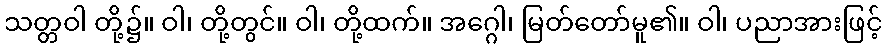
သတ္တဝါ တို့၌။ ဝါ၊ တို့တွင်။ ဝါ၊ တို့ထက်။ အဂ္ဂေါ၊ မြတ်တော်မူ၏။ ဝါ၊ ပညာအားဖြင့်